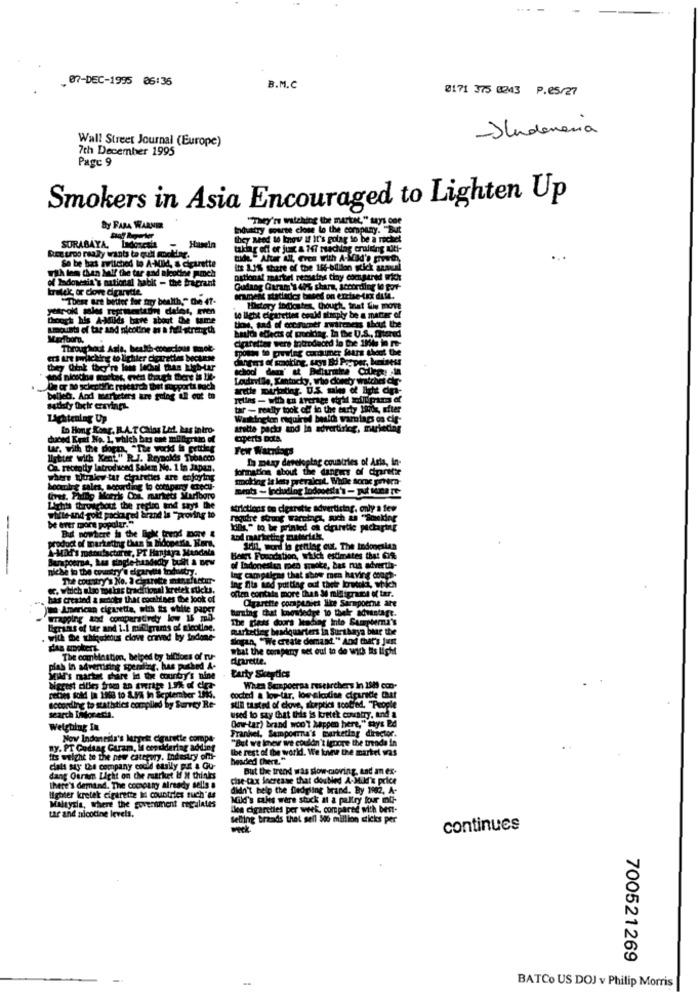
07-DEC-1995 06:36
B.M.C
0171 375 8243 P.65/27
-Indonesia
Wall Street Journal (Europe)
7th December 1995
Page 9
Smokers in Asia Encouraged to Lighten Up
by FARA WARNER
nduttry sparte close to the company. "But
they need to inov if it's going to be a rachel
Ree upo realy wants to quit mookiler.
SURABAYA, ladoresha - Hanela
takar oft or just a M47 rachlag cruising witt-
So be bas milched lo A-Mild, & cietrette
tude " After All, Gres with A-Mild's growth,
Its 1.1% share of the 16-bilion stick saus
of Indonesia's national habit - the fragrant
with fan then hoff the tar end aleocine pmch
aational martel remains tiny compared wrich
bralek or dove digande
Qudang Garam's 40% share, according 10 got-
"These are better for may bealth," Che 47-
omest stadladies based on excise-txx dile.
History indicates, though, that Sie more
though his A-Milds bave about the tame
lo licht cigarettes could simply be a matter of
Amount of tar and nicotine a a full-strength
es about the
Throughout Asla, health-conscious mnok.
cortes were introduced in the 184 to re-
ers are porlicking ao lighter cigarettes because
dangers of making. trys Bd Popper, buiness
they Think they're last lechal than Ligh-tar
schod dan' at Bellarities College: in
frville, Kentucky, who conety watche
An or no scientific research that mapporta noch
belle&. And marketers are going all out to
satisfy Deir cravings.
tar - really took off la the early Itide, efter
Lichtenlag Up
Lo Hong Kong, R.A.T CMos Leit. Las intro-
arette packs and in advertising, marketing
duced Egal No. 1, which bes one milagrito of
experts Date.
war. with the dorm. "The world is getting
Few Warnings
lytter with Kent." R.J. Reynolds Tobacco
In Deay developing countries of Asia, In-
Ca. recently latroduend Salem No. 1 in Japan,
formation about the dangers of Cigarette
where titraicw tar ciparetkes are enjoying
making it lats prevaicat, While ace pera-
booutre sales, securding to company (recu-
meats - Including todooesta's - put Mne Te
tiret. Philip Morris Ons, markets Marlboro
Lights throughout the replic and says the
strictions ou digarstic advertising. only a few
be liver more popular."
while-and roll packaged brand is "proving to
require strong warnings, such as "Sonelder
-
printed on drinetle packaging
product of marketing than ia Bidoperie, Hora,
But nowhere is the Beke trend DOwe &
kod marketing materials.
-Auf's manufacturer, PT Hantaya Mandala
Sell, word to getting out. The Indonesian
unapierna, Les single handedly built & Dry
Betet Foundation, which estimates that 63%
niche to the country's epartie industry.
of Ladonesten men gradke, bas rua advertis-
The country's No. I cigarette manufactur-
Ing Its and putting out thete loretoki, which
Ing campale
mealens that show men having coop
. which also monkas traditional kretek sticks.
aten contala more Than 3 miaigrant of ter.
as created a medots that cocabises the look of
Cigarette companies lice Sarmpoerne are
-American cigaretta, with is white paper
herning that knowledge to their adustagt.
mapping and comparativety low 16 med-
The giess doors lending Into Samplerna's
Egrins of tr and 1.1 milligrams of nicotine.
marketing headquarters in Surthaya bear the
with be thiquieus clove craved by Indone
brian. "We create demand." And that's just
what the company set ouf to do with its light
The combination, beiped by billions of ru-
arrette.
piab in advertising spendlar, has puthed A.
Mild's market share in the country's nine
Certy Skeptics
celles sold in 1968 to A.MA In September 2015.
When Sapoerna researchers in 1949 con-
cocted & low tar. low nicotine cigarscie chat
search Indonesi
according to statistics compiled by Surrey Re-
still taste of chove, siorptics sootied. "People
used to say that this is kretek cowatry, and a
Gow tar) brand won't happen here," says Bd
Weighing In
Frankel, Semporra's marketing director.
Nov Indonesia's largest cigarette compe
"But we lmevr we couldn't Ignore the trade in
RY. PT Gudsag Guram, It considertag adding
lbe rest of the world. We knew the martel was
its welche to the pew Cattrury, Industry offt-
headed Cherz."
clals say the company could easily pr & Gu-
But the trend was slow-cioving, and an ex-
dang Osram Light on the razrket &f Mt thinks
che tax increase that doubled A-Mike's price
there's demand. The company Already sells a
didn't help the fledgling brand. By 1982, A-
lighter kretek cigarette in countries such'es
Mild's tales ware stuck at a paltry four mu-
Malaysia, Where the government regulates
thee cigarettes per week, compared with best-
tar and nicotine levels.
selling brands that sell 500 million sticks per
continues
700521269
BATCo US DOJ v Philip Morris